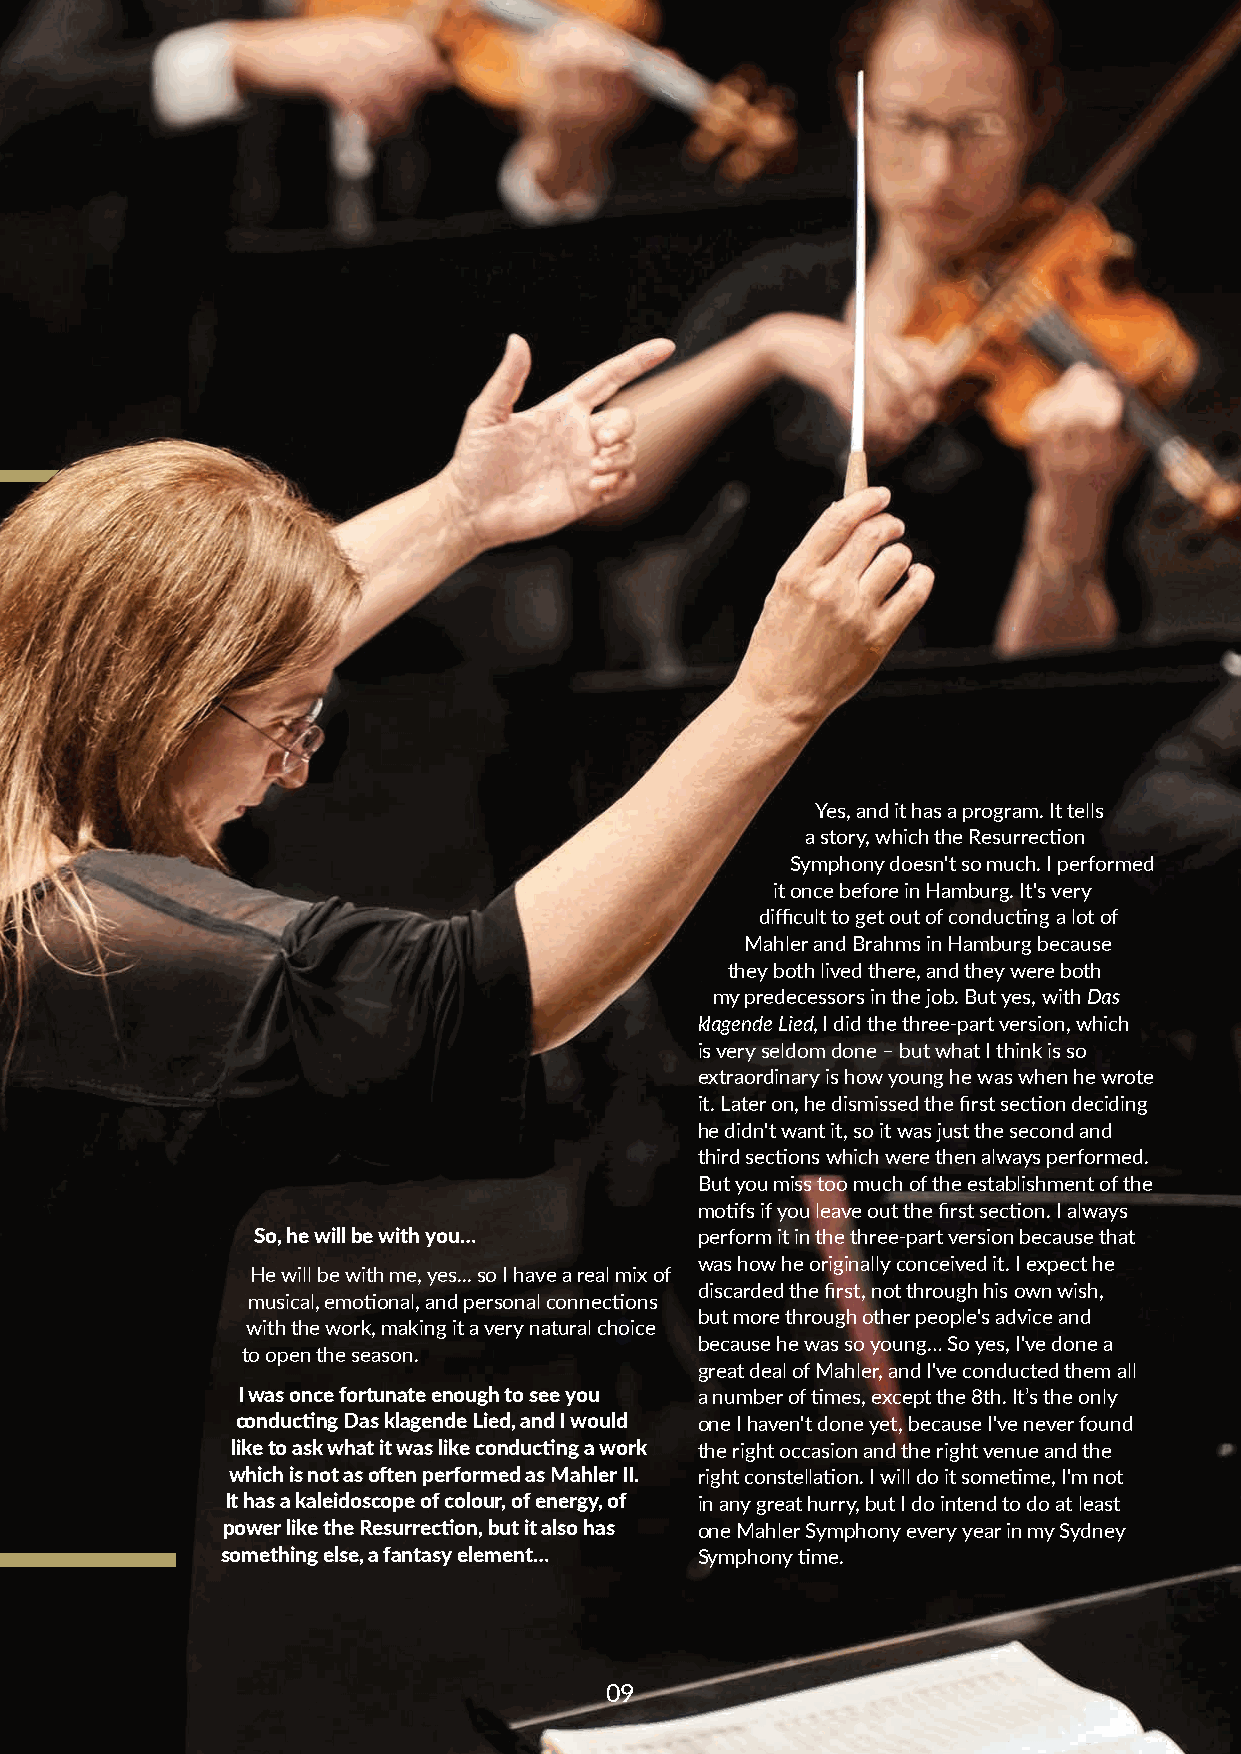
Yes, and it has a program. It tells
 a story, which the Resurrection
 Symphony doesn't so much. I performed
 it once before in Hamburg. It's very
 difficult to get out of conducting a lot of
 Mahler and Brahms in Hamburg because
 they both lived there, and they were both
 my predecessors in the job. But yes, with Das
 klagende Lied, I did the three-part version, which
 is very seldom done – but what I think is so
 extraordinary is how young he was when he wrote
 it. Later on, he dismissed the first section deciding
 he didn't want it, so it was just the second and
 third sections which were then always performed.
 But you miss too much of the establishment of the
 motifs if you leave out the first section. I always
 So, he will be with you…     perform it in the three-part version because that
 was how he originally conceived it. I expect he
 He will be with me, yes... so I have a real mix of
 discarded the first, not through his own wish,
 musical, emotional, and personal connections
 but more through other people's advice and
 with the work, making it a very natural choice
 because he was so young… So yes, I've done a
 to open the season.
 great deal of Mahler, and I've conducted them all
 I was once fortunate enough to see you a number of times, except the 8th. It’s the only
 conducting Das klagende Lied, and I would one I haven't done yet, because I've never found
 like to ask what it was like conducting a work the right occasion and the right venue and the
 which is not as often performed as Mahler II. right constellation. I will do it sometime, I'm not
 It has a kaleidoscope of colour, of energy, of in any great hurry, but I do intend to do at least
 power like the Resurrection, but it also has one Mahler Symphony every year in my Sydney
 something else, a fantasy element… Symphony time.
 0099